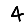
Digit: 4